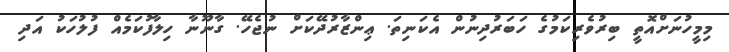
މިމީހުނަށްއޮތީ ބިރުވެރިކަމުގެ ހަބަރުދިނުން އެކަނިތަ. ޢިންޒާރުދޭކަށް ނުޖެހޭ. ގާނޫނާ ހިލާފުކަމެއް ފުލުހަކު އަދި